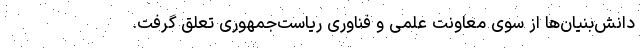
دانش‌بنیان‌ها از سوی معاونت علمی و فناوری ریاست‌جمهوری تعلق گرفت.